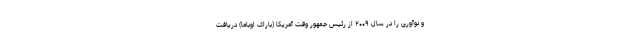
و نوآوری را در سال ۲۰۰۹ از رئیس جمهور وقت آمریکا (باراک اوباما) دریافت